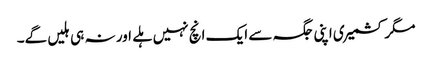
مگر کشمیری اپنی جگہ سے ایک انچ نہیں ہلے اور نہ ہی ہلیں گے۔